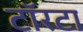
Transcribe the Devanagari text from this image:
टॉरटा